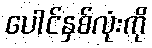
ပေါင်နှစ်လုံးကို